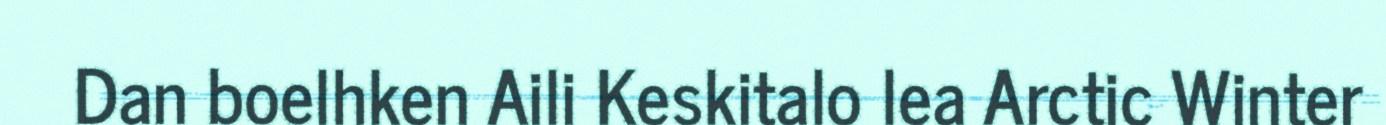
Dan boelhken Aili Keskitalo lea Arctic Winter